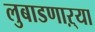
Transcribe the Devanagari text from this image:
लुबाडणाऱ्या